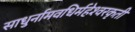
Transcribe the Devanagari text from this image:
साधुर्नामवधिर्महेश्‍वरकृती